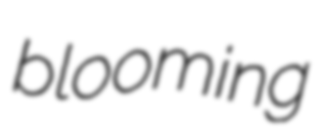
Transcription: blooming